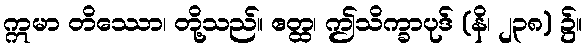
ဣမာ တိဿော၊ တို့သည်။ ဧတ္ထ၊ ဤသိက္ခာပုဒ် (နိ၊ ၂၃၈) ၌။